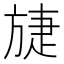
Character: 𣄂